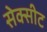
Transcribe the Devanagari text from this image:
सेक्सीट